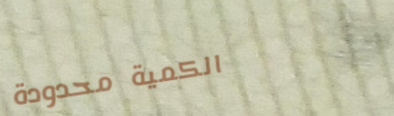
الكمية محدودة